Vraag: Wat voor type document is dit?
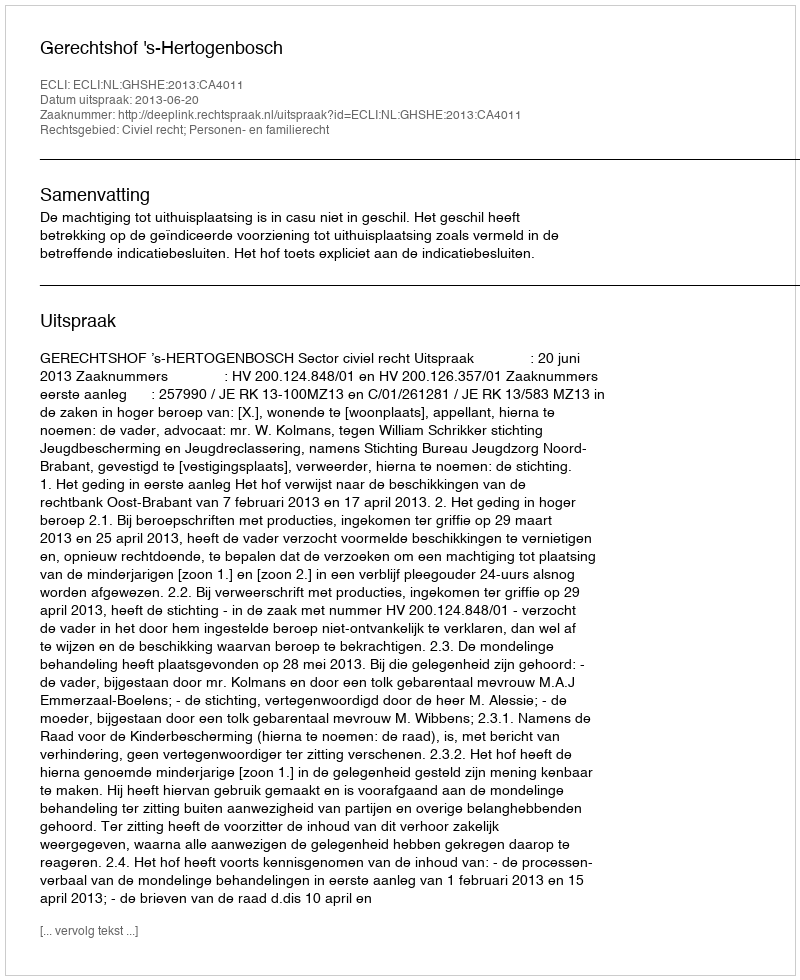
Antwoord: Uitspraak